Annual statistical returns and brief notes on vaccination in Bengal - 1909-1929
Year: 1909
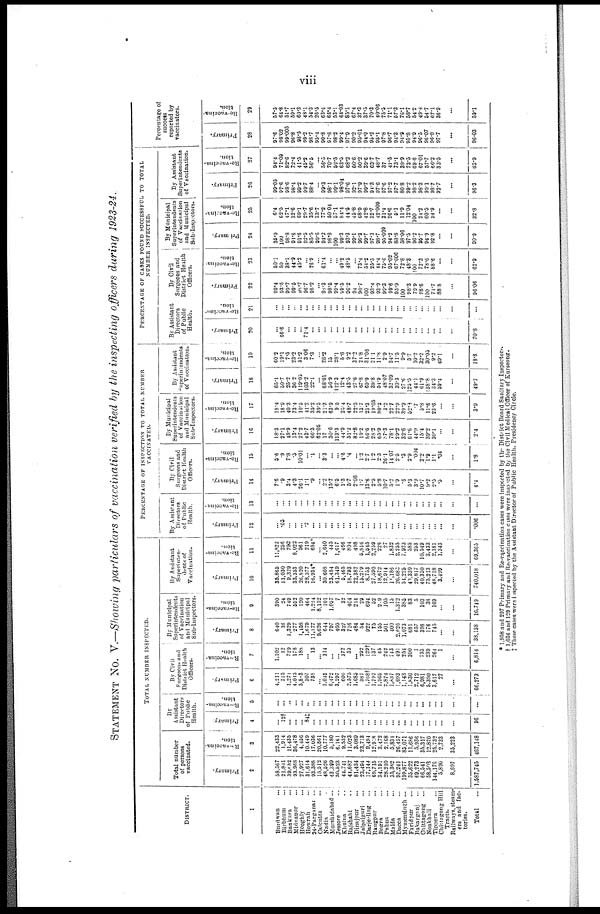
viii
STATEMENT No. V.—Showing particulars of vaccination verified by the inspecting officers during 1923-24.
DISTRICT.
1
Burdwan...
Birbhum...
Bankura...
Midnapur...
Hooghly...
Howrah...
34-Pargnnas ...
Calcutta...
Nadia...
Murshidabad ...
Jessore...
Khulna...
Rajshahi...
Dinajpur...
Jalpaiguri...
Darjeeling...
Rangpur...
Bogra...
Pabna...
Malda...
Dacca...
Mymensingh ...
Faridpur...
Bakarganj...
Chittagong...
Noakhali...
Tippera...
Chittagong Bill
Tracts.
Railways, steam-
ers and fac-
tories.
Total...
TOTAL NUMBER INSPECTED.
Total number
of persons
vaccinated.
Primary.
2
58,567
21,841
39,682
93,968
27,927
31,614
93,388
15,512
48,526
43,390
50,523
44,741
44,687
81,434
23,494
17,144
69,715
34,191
28,210
35,362
97,241
199,877
35,622
69,273
66,541
58,503
144,176
5,890
8,697
1,587,745
Re-vaccina-
tion.
3
22,433
1,914
11,435
36,478
4,456
10,449
17,036
20,561
10,777
5,180
6,161
9,532
11,023
3,089
23,713
9,494
12,908
3,472
2,168
5,831
26,457
85,071
11,686
5,936
35,317
12,870
25,732
2,733
35,223
467,148
By
Assistant
Directors
of Public
Health.
Primary.
4
...
12†
...
...
...
84†
...
...
...
...
...
...
...
...
...
...
...
...
...
...
...
...
...
...
...
...
...
...
...
96
Re-vaccina-
tion.
5
...
...
...
...
...
...
...
...
...
...
...
...
...
...
...
...
...
...
...
...
...
...
...
...
...
...
...
...
...
...
By Civil
Surgeons and
District Health
Officers.
Primary.
6
4,211
215
1,271
4,013
5,803
307
738
...
1,045
6,472
3,297
600
2,575
1,685
387
1,708†
1,797
1,965
2,874
1,837
1,693
1,143
1,830
2,712
6,981
5,390
3,617
27
...
66,273
Re-vaccina-
tion.
7
1,102
12
729
178
188
...
13
...
314
...
...
372
33
... 292
129†
137
45
242
743
491
254
300
1 1
733
239
264
1
...
6,814
By Municipal
Superintendents
of Vaccination
and Municipal
Sub-Inspectors.
Primary.
8
640
16
1,329
277
1,458
1,679
11,177
9,626
644
797
405
327
716
484
54
922
75
155
501
400
2,626
1,073
681
657
398
176
745
...
...
38,138
Re-vaccina-
tion.
9
390
24
749
552
120
464
1,224
8,132
101
1,057
7
32
404
214
29
694
52
2.9
105
15
1,372
385
83
5
103
38
169
...
...
16,749
By Assistant
Superinten-
dents of
Vaccination.
Primary.
10
35,865
11,030
9,329
33,353
26,820
28,377
16,934*
...
30,603
23,484
61,349
5,465
18,793
22,382
15,279
8,753
27,590
18,672
12,914
11.186
26,683
54,225
43,330
29,817
40,350
75,213
48,718
3,499
...
740,018
Re-vaccina-
tion.
11
11,822
256
702
8,022
961
219
684*
...
2,640
445
1,617
466
804
498
5,816
1,545
2,259
228
27
1,832
2,255
7,923
585
253
10,549
3,433
2,181
1,343
...
69,365
PERCENTAGE OF INSPECTION TO TOTAL NUMBER
VACCINATED.
By Assistant
Directors
of Public
Health.
Primary.
12
...
.05
...
...
...
.2
...
...
...
...
...
...
...
...
...
...
...
...
...
...
...
...
...
...
...
...
...
...
...
.006
Re-vaccina-
tion.
13
...
...
...
...
...
...
...
...
...
...
...
...
..,
...
...
...
...
...
...
...
...
...
...
...
...
...
...
...
...
...
By Civil
Surgeons and
District Health
Officers.
Primary.
14
7.6
.9
3.4
4.3
26.1
1.1
.9
...
2.2
15.7
6.5
1.3
5.7
2.08
1.7
13.6
2.5
5.8
10.7
5.2
1.9
.6
5.3
3.9
10.7
9.2
2.5
.5
...
4.4
Re-vaccina-
tion.
15
5.6
.9
7.8
.5
10.01
...
.1
...
3.3
...
...
4.6
.4
...
1.2
2.7
1.2
2.3
26.1
14.07
2.5
.3
2.9
.004
2.2
1.9
1.1
.04
...
1.8
By Municipal
Superintendents
of Vaccination
and Municipal
Sub-Inspectors.
Primary.
16
18.3
27.1
18.9
13.4
27.2
43.7
66.3
62.06
17
30.6
113.3
44.9
51.2
82.8
15.2
86.6
23.2
65.9
87.3
78.1
29.2
32.6
61.6
44.9
15.4
39.2
30.1
...
...
2.4
Re-vaccina-
tion.
17
18.4
18.9
40.3
73.4
10.5
41.2
35.2
39.5
21.3
63.9
9.5
25.4
48.7
22.5
13.7
23.3
19.05
80.2
3.2
22.7
22.9
39.9
52.3
.7
5.8
11.6
23.6
...
...
3.9
By Assistant
Superintendents
of Vaccination.
Primary.
18
65.1
50.7
25.2
36.2
119.03
103.2
22.1
...
68.01
56.9
122.3
12.4
43.5
27.6
67.8
69.9
39.8
54.9
48.07
32.09
30.3
27.6
125.5
44.1
61.9
38.8
34.3
59.4
...
49.7
Re-vaccina-
tion.
19
60.2
19.1
7.5
23.2
51.2
3.06
7.3
...
28.2
15
28.1
5.8
9.2
37.2
21.8
31.06
21.1
11.8
2.9
34.7
11.5
9.9
5.7
10.2
32.2
30.03
9.2
49.1
...
18.8
PERCENTAGE OF CASES FOUND SUCCESSFUL TO TOTAL
NUMBER INSPECTED.
By Assistant
Directors
of Public
Health.
Primary.
20
...
66.6
...
...
...
71.4
...
...
...
...
...
...
...
...
...
...
...
...
...
...
...
...
...
...
...
...
...
...
...
70.8
Re-vaccina-
tion.
21
...
...
...
...
...
...
...
...
...
...
...
...
...
...
...
...
...
...
...
...
...
...
...
...
...
...
...
...
...
...
By Civil
Surgeons and
District Health
Officers.
Primary.
22
99.4
93.5
99.7
99.5
98.7
96.7
98.2
...
98.3
98.5
99.4
99.5
96.2
94
90.7
100
93.4
93.9
99.3
99.6
95.9
100
98.3
79.9
98.6
100
71.7
88.8
...
96.06
Re- vaccina-
tion.
23
50.1
50
38.1
44.9
45.2
...
76.9
...
61.4
...
...
49.2
48.5
...
73.4
54.2
25.5
44.4
75.6
95.02
67.006
72.8
48.3
100
72.3
78.6
88.6
...
...
62.9
By Municipal
Superintendents
of Vaccination
and Municipal
Sub-Inspectors.
Primary.
24
35.9
100
98.8
91.6
91.6
92.5
85.5
99.6
94.2
98.8
100
99.3
93.3
99.1
96.2
99.7
97.3
98.7
95.099
94.2
83.8
58.06
97.5
96.2
95.7
94.9
92.8
...
...
90.0
Re-vaccina-
tion.
25
6.4
62.5
47.1
12.6
69.1
29.7
35.6
33.7
77.2
50.04
57.1
84.4
44.5
45.8
68.9
42.8
32.7
42.009
31.4
26.6
5.1
11.9
12.04
100
24.2
60.5
34.9
...
...
32.8
By Assistant
Superintendents
of Vaccination.
Primary.
26
99.05
97.6
98.6
98.4
99.2
99.7
88.4
...
99.3
98.1
99.1
98.04
97.6
92.1
97.9
99.7
94.3
97.6
97.6
97.2
97.7
80.8
99.2
98.2
98.3
99.1
98.7
92.7
...
96.3
Re-vaccina-
tion.
27
94.4
71.09
82.6
72.4
41.5
45.2
56.5
...
56.5
70.7
59.5
63.5
68.2
60.6
50.2
39.6
63.7
48.7
37
47.5
73.1
39.9
73.5
69.6
67.01
57.7
66.2
33.5
...
63.9
Percentage of
success
reported by
vaccinators.
Primary.
28
97.6
98.02
99.005
96.8
98.5
99.2
98.7
95.4
90.8
97.6
98.2
99.4
97.9
90.2
95.01
94.9
95.2
95.1
97.8
96.7
94.3
94.9
95.8
94.9
96.5
96.07
96.8
97.7
...
96.03
Re-vaccina-
tion.
29
57.5
64.8
51.7
59.1
60.3
48.1
54.3
26.5
63.4
66.4
53.1
64.03
85.1
67.4
37.3
37.5
70.3
40.06
75.5
71.1
57.3
76.1
58.7
54.2
49.4
54.7
67.1
36.9
...
59.1
* 1,958 and 297 Primary and Re-vaccination cases were inspected by the District Board Sanitary Inspectors.
† 1,036 and 129 Primary and Re-vaccination cases were inspected by the Civil Medical Officer of Kurseong.
‡ These cases were inspected by the Assistant Director of Public Health, Presidency Circle.